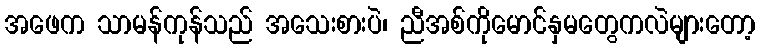
အဖေက သာမန်ကုန်သည် အသေးစားပဲ၊ ညီအစ်ကိုမောင်နှမတွေကလဲများတော့